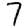
Digit: 7